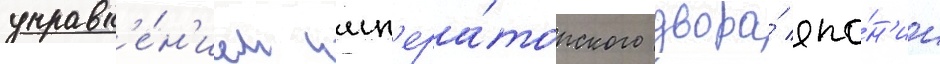
управл'е́н'ием имп'ера́торского двора́ япо́н'ии